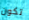
تكون